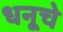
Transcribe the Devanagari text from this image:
धनूचे